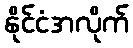
နိုင်ငံအလိုက်